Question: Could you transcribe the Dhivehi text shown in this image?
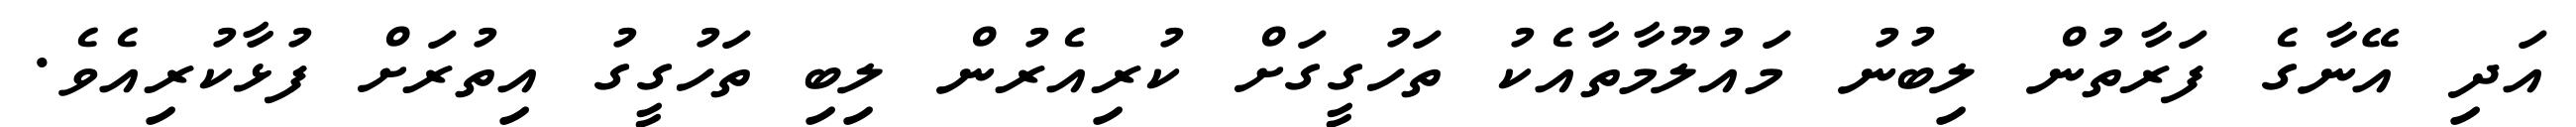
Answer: އަދި އޭނާގެ ފަރާތުން ލިބުނު މައުލޫމާތާއެކު ތަހުގީގަށް ކުރިއެރުން ލިބި ތަހުގީގު އިތުރަށް ފުޅާކުރިއެވެ.